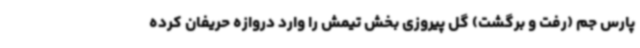
پارس جم (رفت و برگشت) گل پیروزی بخش تیمش را وارد دروازه حریفان کرده